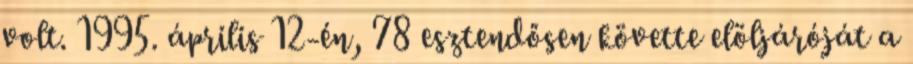
volt. 1995. április 12-én, 78 esztendősen követte elöljáróját a